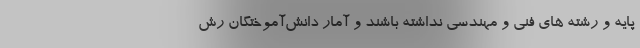
پایه و رشته های فنی و مهندسی نداشته باشند و آمار دانش‌آموختگان رش